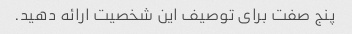
پنج صفت برای توصیف این شخصیت ارائه دهید.